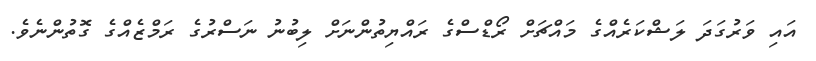
އައި ވަރުގަދަ ލަޝްކަރެއްގެ މައްޗަށް ރޯޑްސްގެ ރައްޔިތުންނަށް ލިބުނު ނަސްރުގެ ރަމްޒެއްގެ ގޮތުންނެވެ.